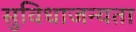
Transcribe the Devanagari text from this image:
सुविधाजन्यता